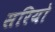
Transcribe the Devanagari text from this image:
सरियो